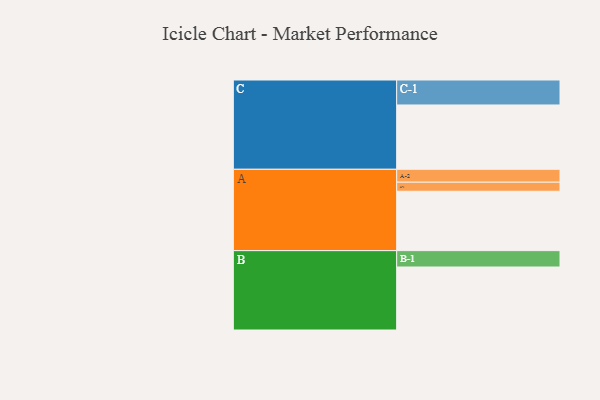
{"axis": {"x": "Segment", "y": "Value"}, "legend": ["", "A", "B", "C"], "data": [{"x": "A", "y": 359, "type": ""}, {"x": "B", "y": 381, "type": ""}, {"x": "C", "y": 389, "type": ""}, {"x": "A-1", "y": 55, "type": "A"}, {"x": "A-2", "y": 78, "type": "A"}, {"x": "B-1", "y": 99, "type": "B"}, {"x": "C-1", "y": 151, "type": "C"}]}